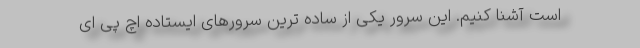
است آشنا کنیم. این سرور یکی از ساده ترین سرورهای ایستاده اچ پی ای